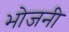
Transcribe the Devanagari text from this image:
भोजनी